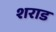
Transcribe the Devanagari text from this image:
शराड